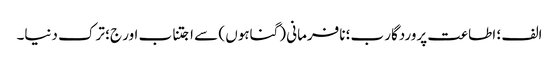
الف ؛ اطاعت پروردگار ب؛ نافرمانی (گناہوں ) سے اجتناب اور ج؛ ترک دنیا۔